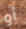
أو